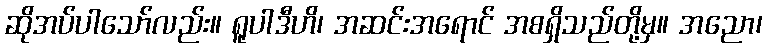
ဆိုအပ်ပါသော်လည်း။ ရူပါဒီဟိ၊ အဆင်းအရောင် အစရှိသည်တို့မှ။ အညော၊